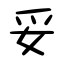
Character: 妥